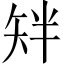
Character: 𬑰